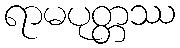
ရာမပုတ္တဿ